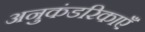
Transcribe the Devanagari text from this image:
अनुकंडरिकाएँ